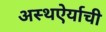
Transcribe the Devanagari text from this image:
अस्थऐर्याची